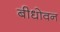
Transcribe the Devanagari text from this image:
बीधोवन